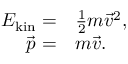
\begin{array} { r l } { E _ { \mathrm { k i n } } = } & { { } \frac { 1 } { 2 } m \vec { v } ^ { 2 } , } \\ { \vec { p } = } & { { } m \vec { v } . } \end{array}